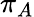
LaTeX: \pi_{A}